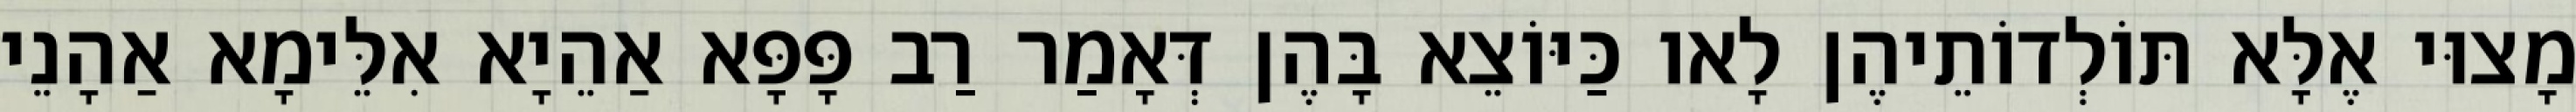
מָצוּי אֶלָּא תּוֹלְדוֹתֵיהֶן לָאו כַּיּוֹצֵא בָּהֶן דְּאָמַר רַב פָּפָּא אַהֵיָא אִלֵּימָא אַהָנֵי